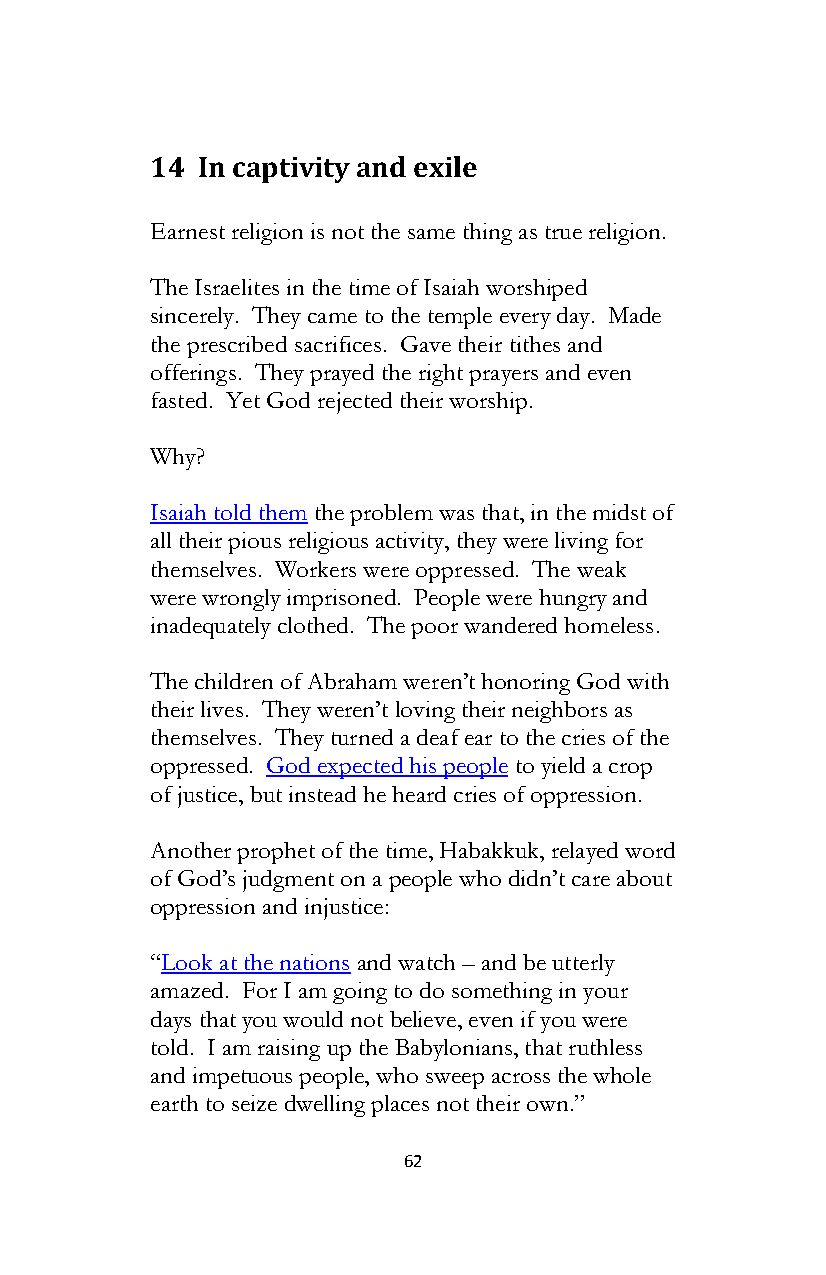
14 In captivity and exile
 Earnest religion is not the same thing as true religion.
 The Israelites in the time of Isaiah worshiped
 sincerely. They came to the temple every day. Made
 the prescribed sacrifices. Gave their tithes and
 offerings. They prayed the right prayers and even
 fasted. Yet God rejected their worship.
 Why?
 Isaiah told them the problem was that, in the midst of
 all their pious religious activity, they were living for
 themselves. Workers were oppressed. The weak
 were wrongly imprisoned. People were hungry and
 inadequately clothed. The poor wandered homeless.
 The children of Abraham weren’t honoring God with
 their lives. They weren’t loving their neighbors as
 themselves. They turned a deaf ear to the cries of the
 oppressed. God expected his people to yield a crop
 of justice, but instead he heard cries of oppression.
 Another prophet of the time, Habakkuk, relayed word
 of God’s judgment on a people who didn’t care about
 oppression and injustice:
 “Look at the nations and watch – and be utterly
 amazed. For I am going to do something in your
 days that you would not believe, even if you were
 told. I am raising up the Babylonians, that ruthless
 and impetuous people, who sweep across the whole
 earth to seize dwelling places not their own.”
 62